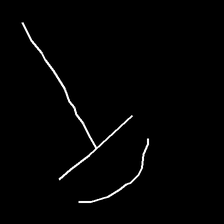
Glyph: dispersion